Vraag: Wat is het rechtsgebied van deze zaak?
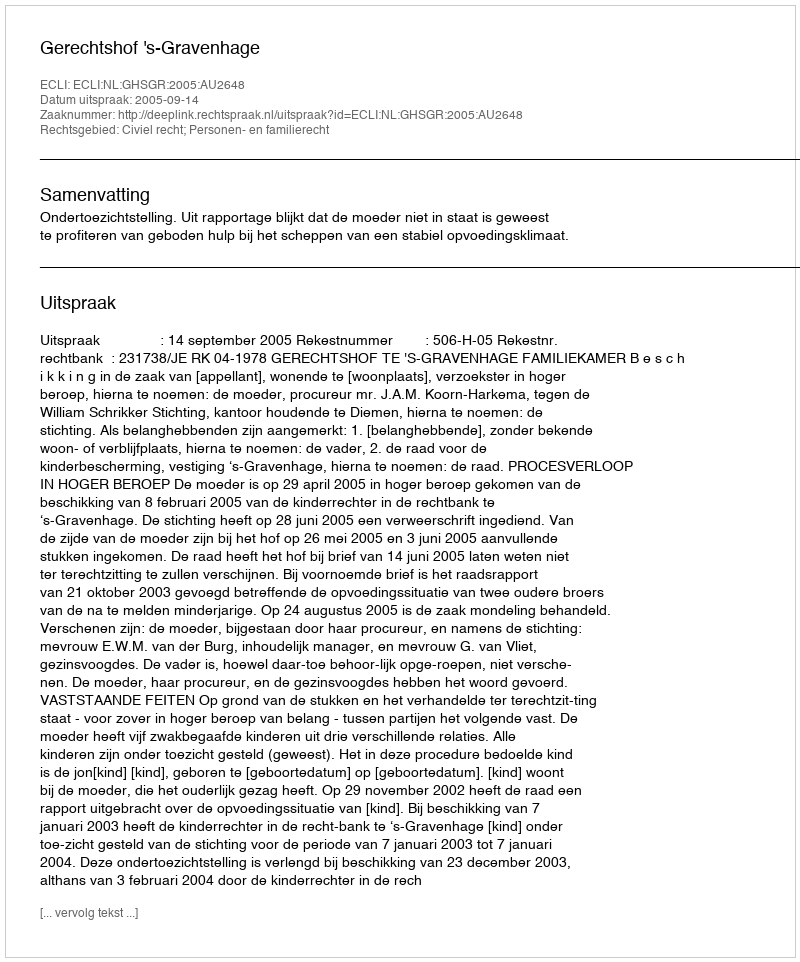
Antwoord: Civiel recht; Personen- en familierecht